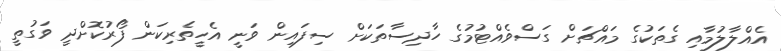
އެއްލާލުމާއި ގެތަކުގެ މައްޗަށް ގަސްވެއްޓުމުގެ ހާދިސާތަކަށް ސިފައިން ވަނީ އެހީތެރިކަން ފޯރުކޮށްދީ ވަގުތީ